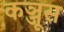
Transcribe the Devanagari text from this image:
कञ्जूस